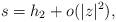
LaTeX: \begin{align*}s = h_2 + o(|z|^2),\end{align*}